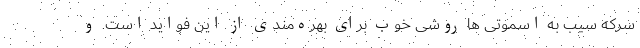
سرکه سیب به اسموتی ها روشی خوب برای بهره‌مندی از این فواید است. و